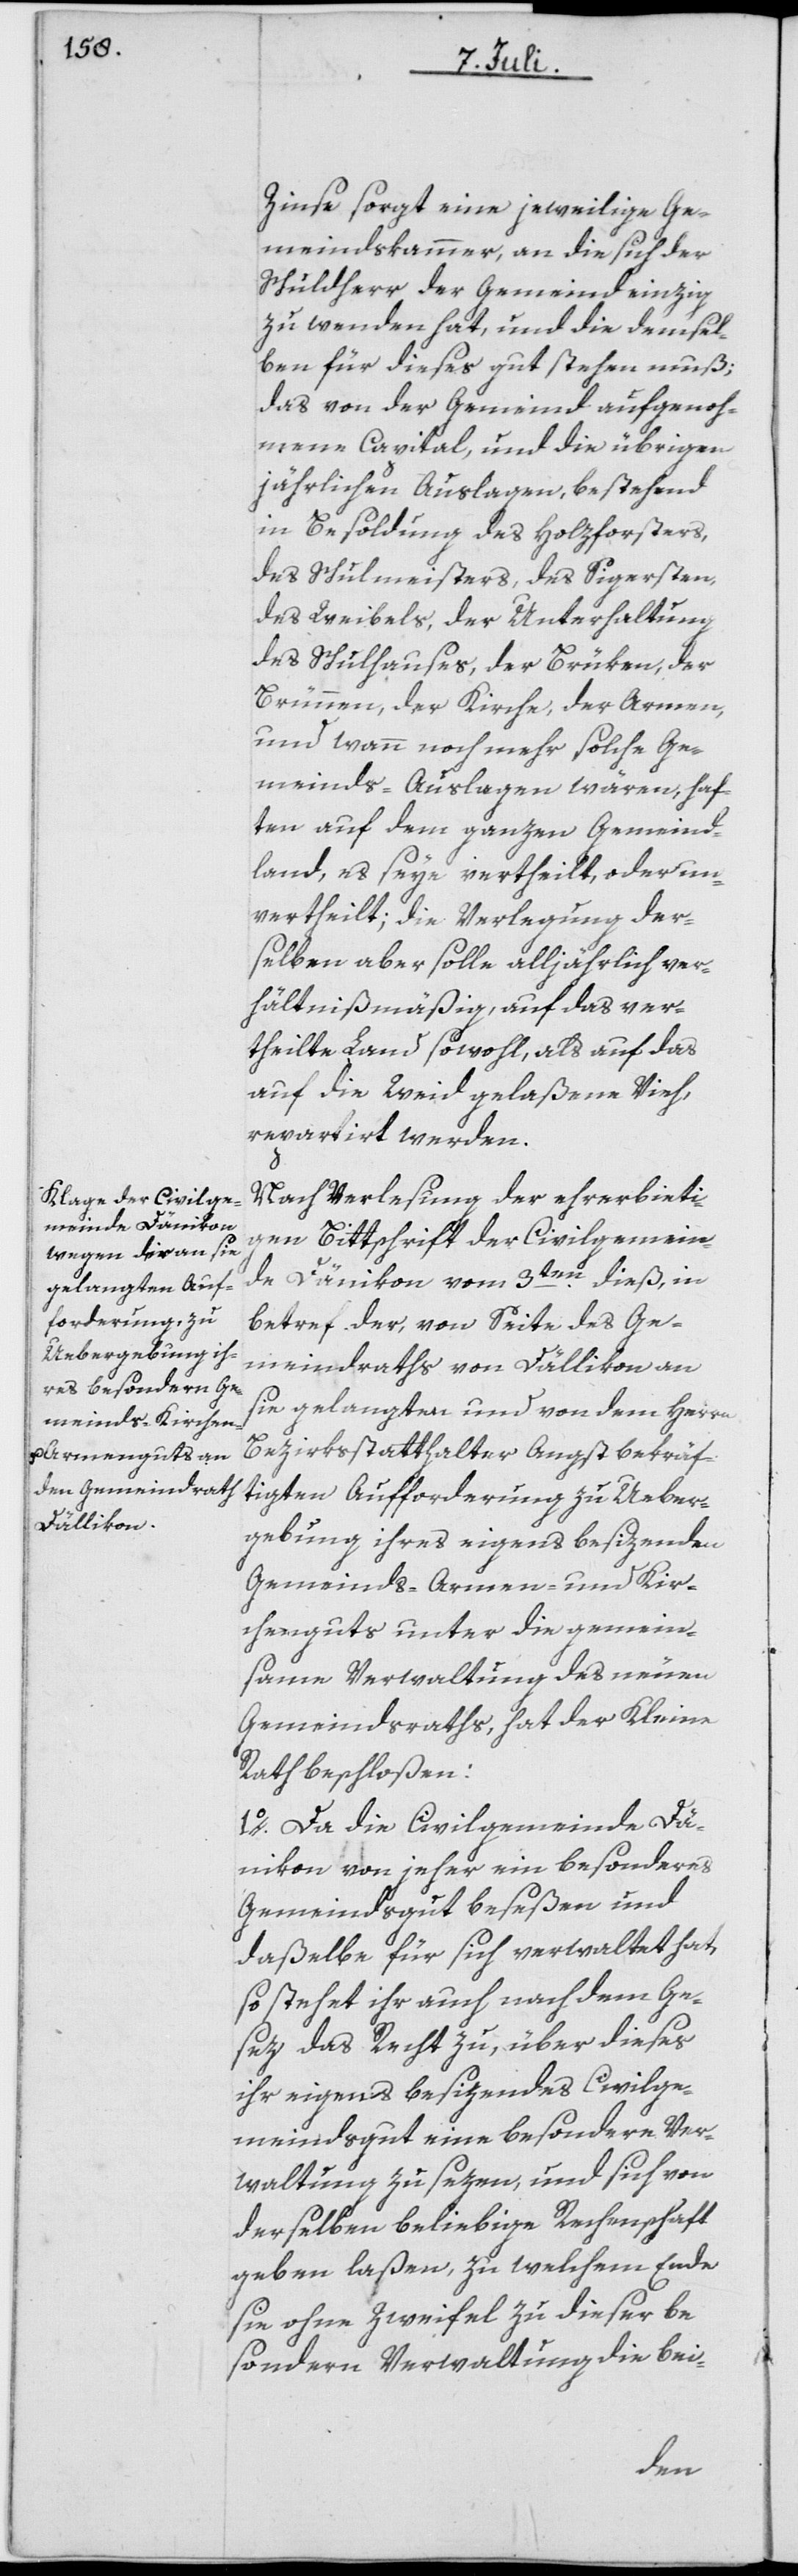
Zinse sorgt eine jeweilige Ge¬
meindskammer, an die sich der
Schuldherr der Gemeind einzig
zu wenden hat, und die demsel¬
ben für dieses gut stehen muß;
das von der Gemeind aufgenoh¬
mene Capital, und die übrigen
jährlichen Auslagen, bestehend
in Besoldung des Holzforsters,
des Schulmeisters, des Sigersten,
des Weibels, der Unterhaltung
des Schulhauses, der Brüken, der
Brünnen, der Kirche, der Armen,
und wann noch mehr solche Ge¬
meinds-Auslagen wären, haf¬
ten auf dem ganzen Gemeind¬
land, es seye vertheilt, oder un¬
vertheilt; die Verlegung der¬
selben aber solle alljährlich ver¬
hältnißmäßig, auf das ver¬
theilte Land sowohl, als auf das
auf die Weid gelaßene Vieh,
repartirt werden.
Nach Verlesung der ehrerbieti¬
gen Bittschrift der Civilgemein¬
de Dänikon vom 3ten dieß, in
betref der, von Seite des Ge¬
meindraths von Dällikon an
sie gelangten und von dem Herrn
Bezirksstatthalter Angst bekräf¬
tigten Aufforderung zu Ueber¬
gebung ihres eigens besizenden
Gemeinds-Armen- und Kir¬
chenguts unter die gemein¬
same Verwaltung des neuen
Gemeindsraths, hat der Kleine
Rath beschloßen:
1o. Da die Civilgemeinde Dä¬
nikon von jeher ein besonderes
Gemeindsgut beseßen und
daßelbe für sich verwaltet hat,
so stehet ihr auch nach dem Ge¬
sez das Recht zu, über dieses
ihr eigens besizendes Civilge¬
meindsgut eine besondere Ver¬
waltung zu sezen, und sich von
derselben beliebige Rechenschaft
geben laßen, zu welchem Ende
sie ohne Zweifel zu dieser be¬
sondern Verwaltung die bei-